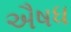
ઐષધ